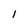
Character: 1